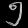
Digit: ၅